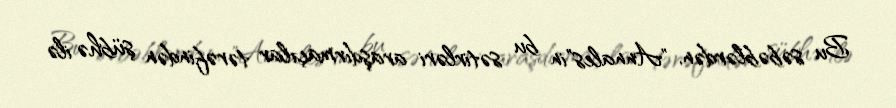
Bu səbəblərdən, "Annales"in bu sətirləri araşdırmaçılar tərəfindən şübhə ilə